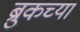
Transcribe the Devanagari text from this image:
ब्रुकच्या